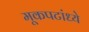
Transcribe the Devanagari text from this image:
मूकपटांध्ये